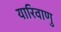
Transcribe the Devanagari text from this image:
यारिवाणु